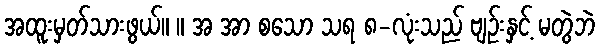
အထူးမှတ်သားဖွယ်။ ။ အ အာ စသော သရ ၈-လုံးသည် ဗျဉ်းနှင့် မတွဲဘဲ